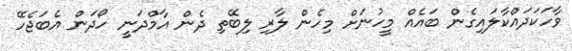
ވާހަކަދައްކާލައިގެން ބައެއް މީހުނަށް މިހެން ލާރި ލިބޭތި ދެން އާމްދަނީ ހޯދަން އެބަޖެހޭ